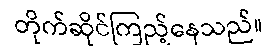
တိုက်ဆိုင်ကြည့်နေသည်။